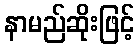
နာမည်ဆိုးဖြင့်